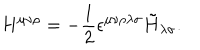
H ^ { \mu \nu \rho } = - { \frac { 1 } { 2 } } \epsilon ^ { \mu \nu \rho \lambda \sigma } \tilde { H } _ { \lambda \sigma } .